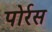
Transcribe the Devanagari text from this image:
पोर्रस